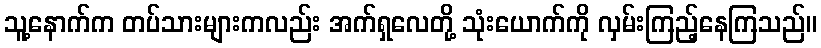
သူ့နောက်က တပ်သားများကလည်း အက်ရှလေတို့ သုံးယောက်ကို လှမ်းကြည့်နေကြသည်။